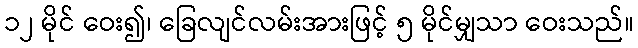
၁၂ မိုင် ဝေး၍၊ ခြေလျင်လမ်းအားဖြင့် ၅ မိုင်မျှသာ ဝေးသည်။